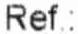
REF.: